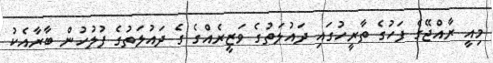
މިއީ ރާއްޖޭގެ ފަހުގެ ތާރީހުގައި ދައުލަތުގެ ވަޒީރެއްގެ ގެ ދައުލަތުގެ ފުލުހުން ބާރާއެކު